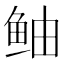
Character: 鲉